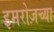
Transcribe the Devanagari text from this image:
इमरोज़च्या